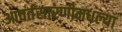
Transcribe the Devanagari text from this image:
आवर्तसारणीमधल्या